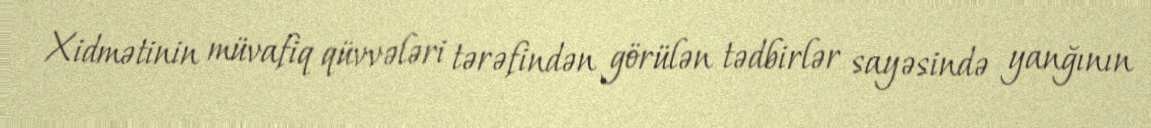
Xidmətinin müvafiq qüvvələri tərəfindən görülən tədbirlər sayəsində yanğının